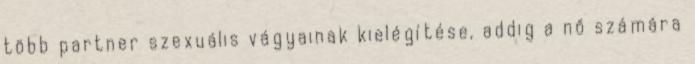
több partner szexuális vágyainak kielégítése, addig a nő számára